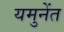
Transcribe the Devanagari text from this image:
यमुनेंत